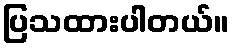
ပြသထားပါတယ်။